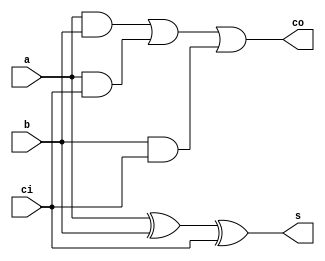
/*--  *******************************************************
--  Computer Architecture Course, Laboratory Sources 
--  Amirkabir University of Technology (Tehran Polytechnic)
--  Department of Computer Engineering (CE-AUT)
--  https://ce[dot]aut[dot]ac[dot]ir
--  *******************************************************
--  All Rights reserved (C) 2019-2020
--  *******************************************************
--  Student ID  : 
--  Student Name: 
--  Student Mail: 
--  *******************************************************
--  Additional Comments:
--
--*/

/*-----------------------------------------------------------
---  Module Name: Full Adder Gate Level
---  Description: Lab 07 Part 1
-----------------------------------------------------------*/
`timescale 1 ns/1 ns

module full_adder (
	input a ,
	input b ,
	input ci ,
	output s ,
	output co
);

	/* write your code here */
	xor sum(s,a,b,ci);
	
	wire e1,e2,e3;
	
	and g1(e1,a,b);
	and g2(e2,a,ci);
	and g3(e3,b,ci);
	or g4(co,e1,e2,e3);
	/* write your code here */

endmodule